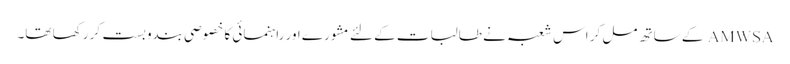
AMWSA کے ساتھ مل کر اس شعبہ نے طالبات کے لئے مشورے اور راہنمائی کا خصوصی بندوبست کر رکھا تھا۔